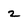
Character: 2